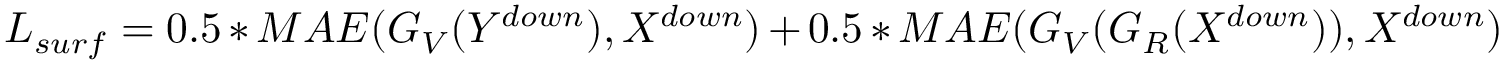
L _ { s u r f } = 0 . 5 * M A E ( G _ { V } ( Y ^ { d o w n } ) , X ^ { d o w n } ) + 0 . 5 * M A E ( G _ { V } ( G _ { R } ( X ^ { d o w n } ) ) , X ^ { d o w n } )